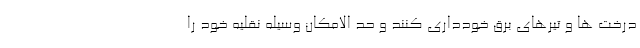
درخت ها و تیرهای برق خودداری کنند و حد الامکان وسیله نقلیه خود را